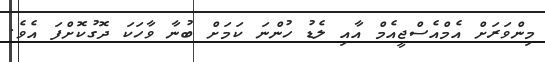
މިންވަރަށް އެމްއެސްޖީއެމް އާއި ލެޑު ހުންނަ ކަމަށް ބުނާ ވާހަކަ ދޮގުކޮށްފަ އެވެ.